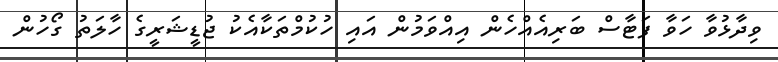
ވިދާޅުވާ ހަވާ ފަޓާސް ބަރިއެއްހެން އިއްވަމުން އައި ހުކުމްތަކާއެކު ޖުޑީޝަރީގެ ހާލަަތު ގޯހުން